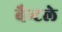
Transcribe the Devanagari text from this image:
बैन्टले